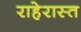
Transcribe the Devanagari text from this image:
राहेरास्त